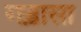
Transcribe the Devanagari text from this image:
गड़ासा